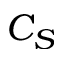
C _ { S }